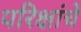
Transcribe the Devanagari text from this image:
परिक्षांचे